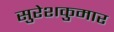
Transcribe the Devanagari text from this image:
सुरेशकुमार